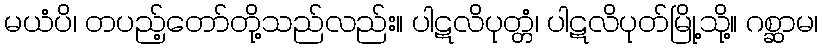
မယံပိ၊ တပည့်တော်တို့သည်လည်း။ ပါဋလိပုတ္တံ၊ ပါဋလိပုတ်မြို့သို့။ ဂစ္ဆာမ၊